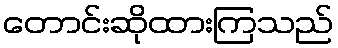
တောင်းဆိုထားကြသည်